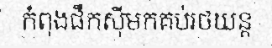
កំពុងផឹកស៊ីមកគប់រថយន្ត